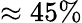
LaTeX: \approx 45\%